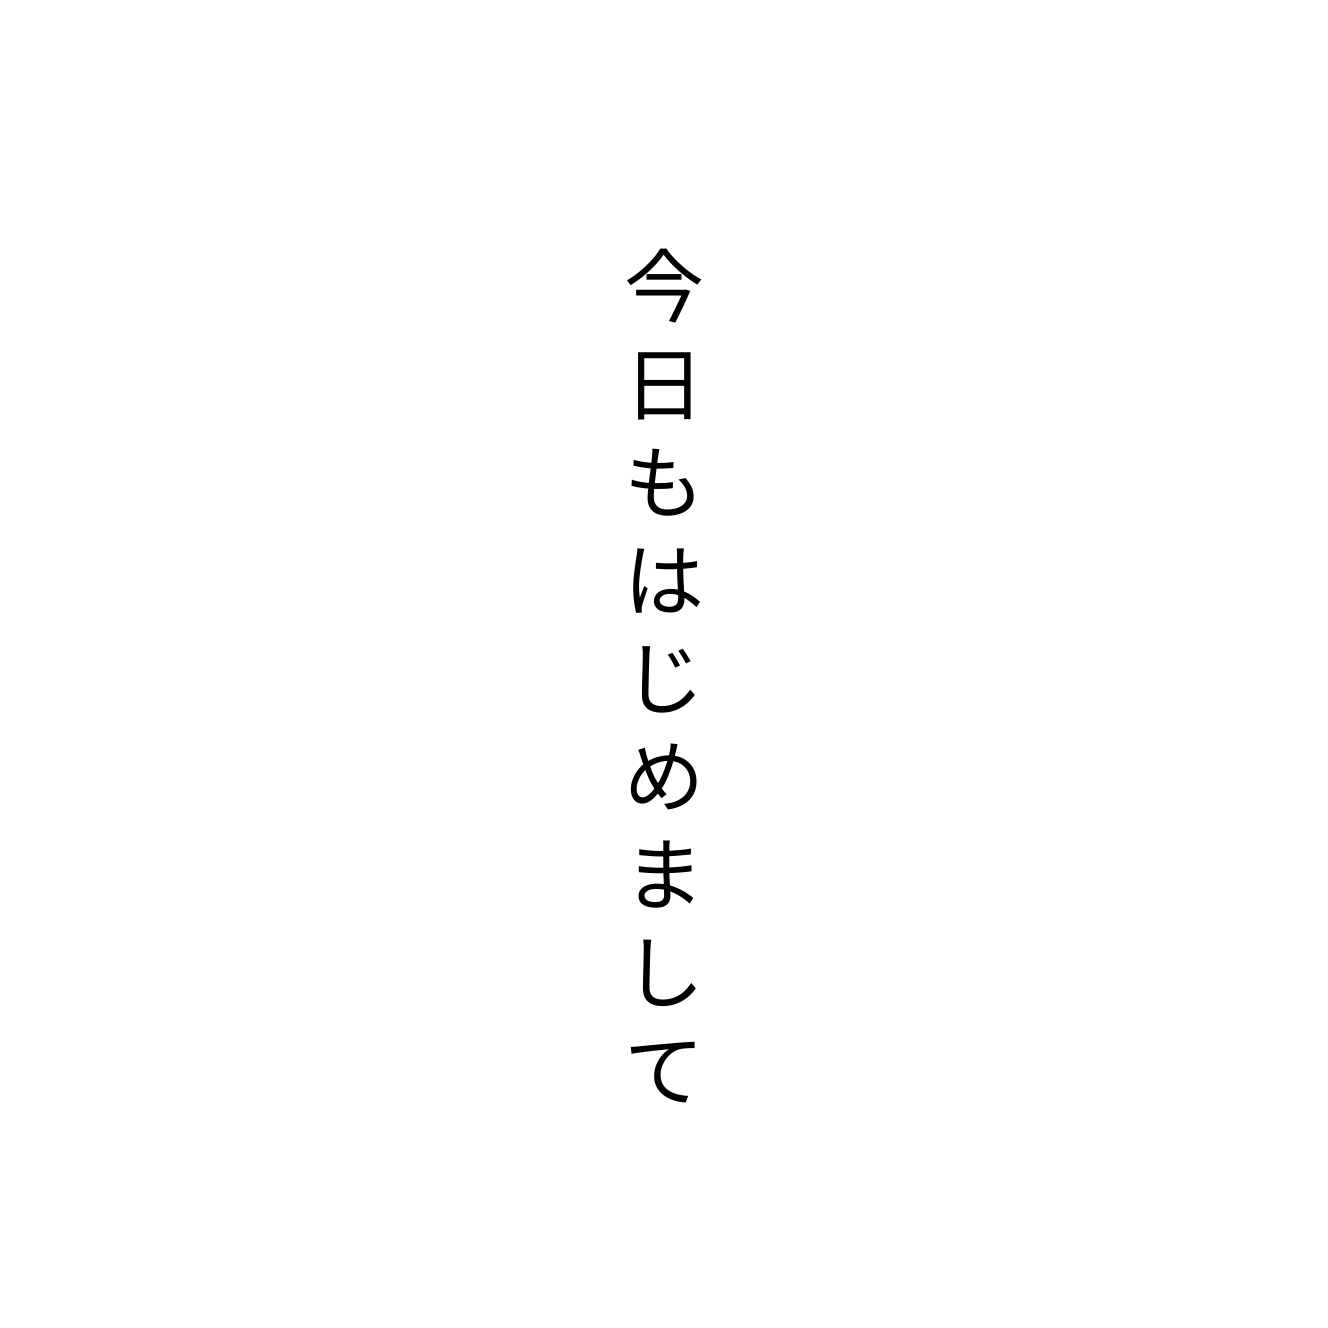
今日もはじめまして